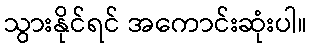
သွားနိုင်ရင် အကောင်းဆုံးပါ။